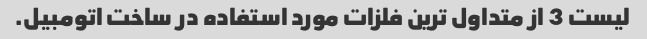
لیست 3 از متداول ترین فلزات مورد استفاده در ساخت اتومبیل.